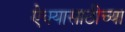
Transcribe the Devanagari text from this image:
ऐक्यासाठीच्या